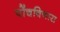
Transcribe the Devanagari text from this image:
पोंचविणारा